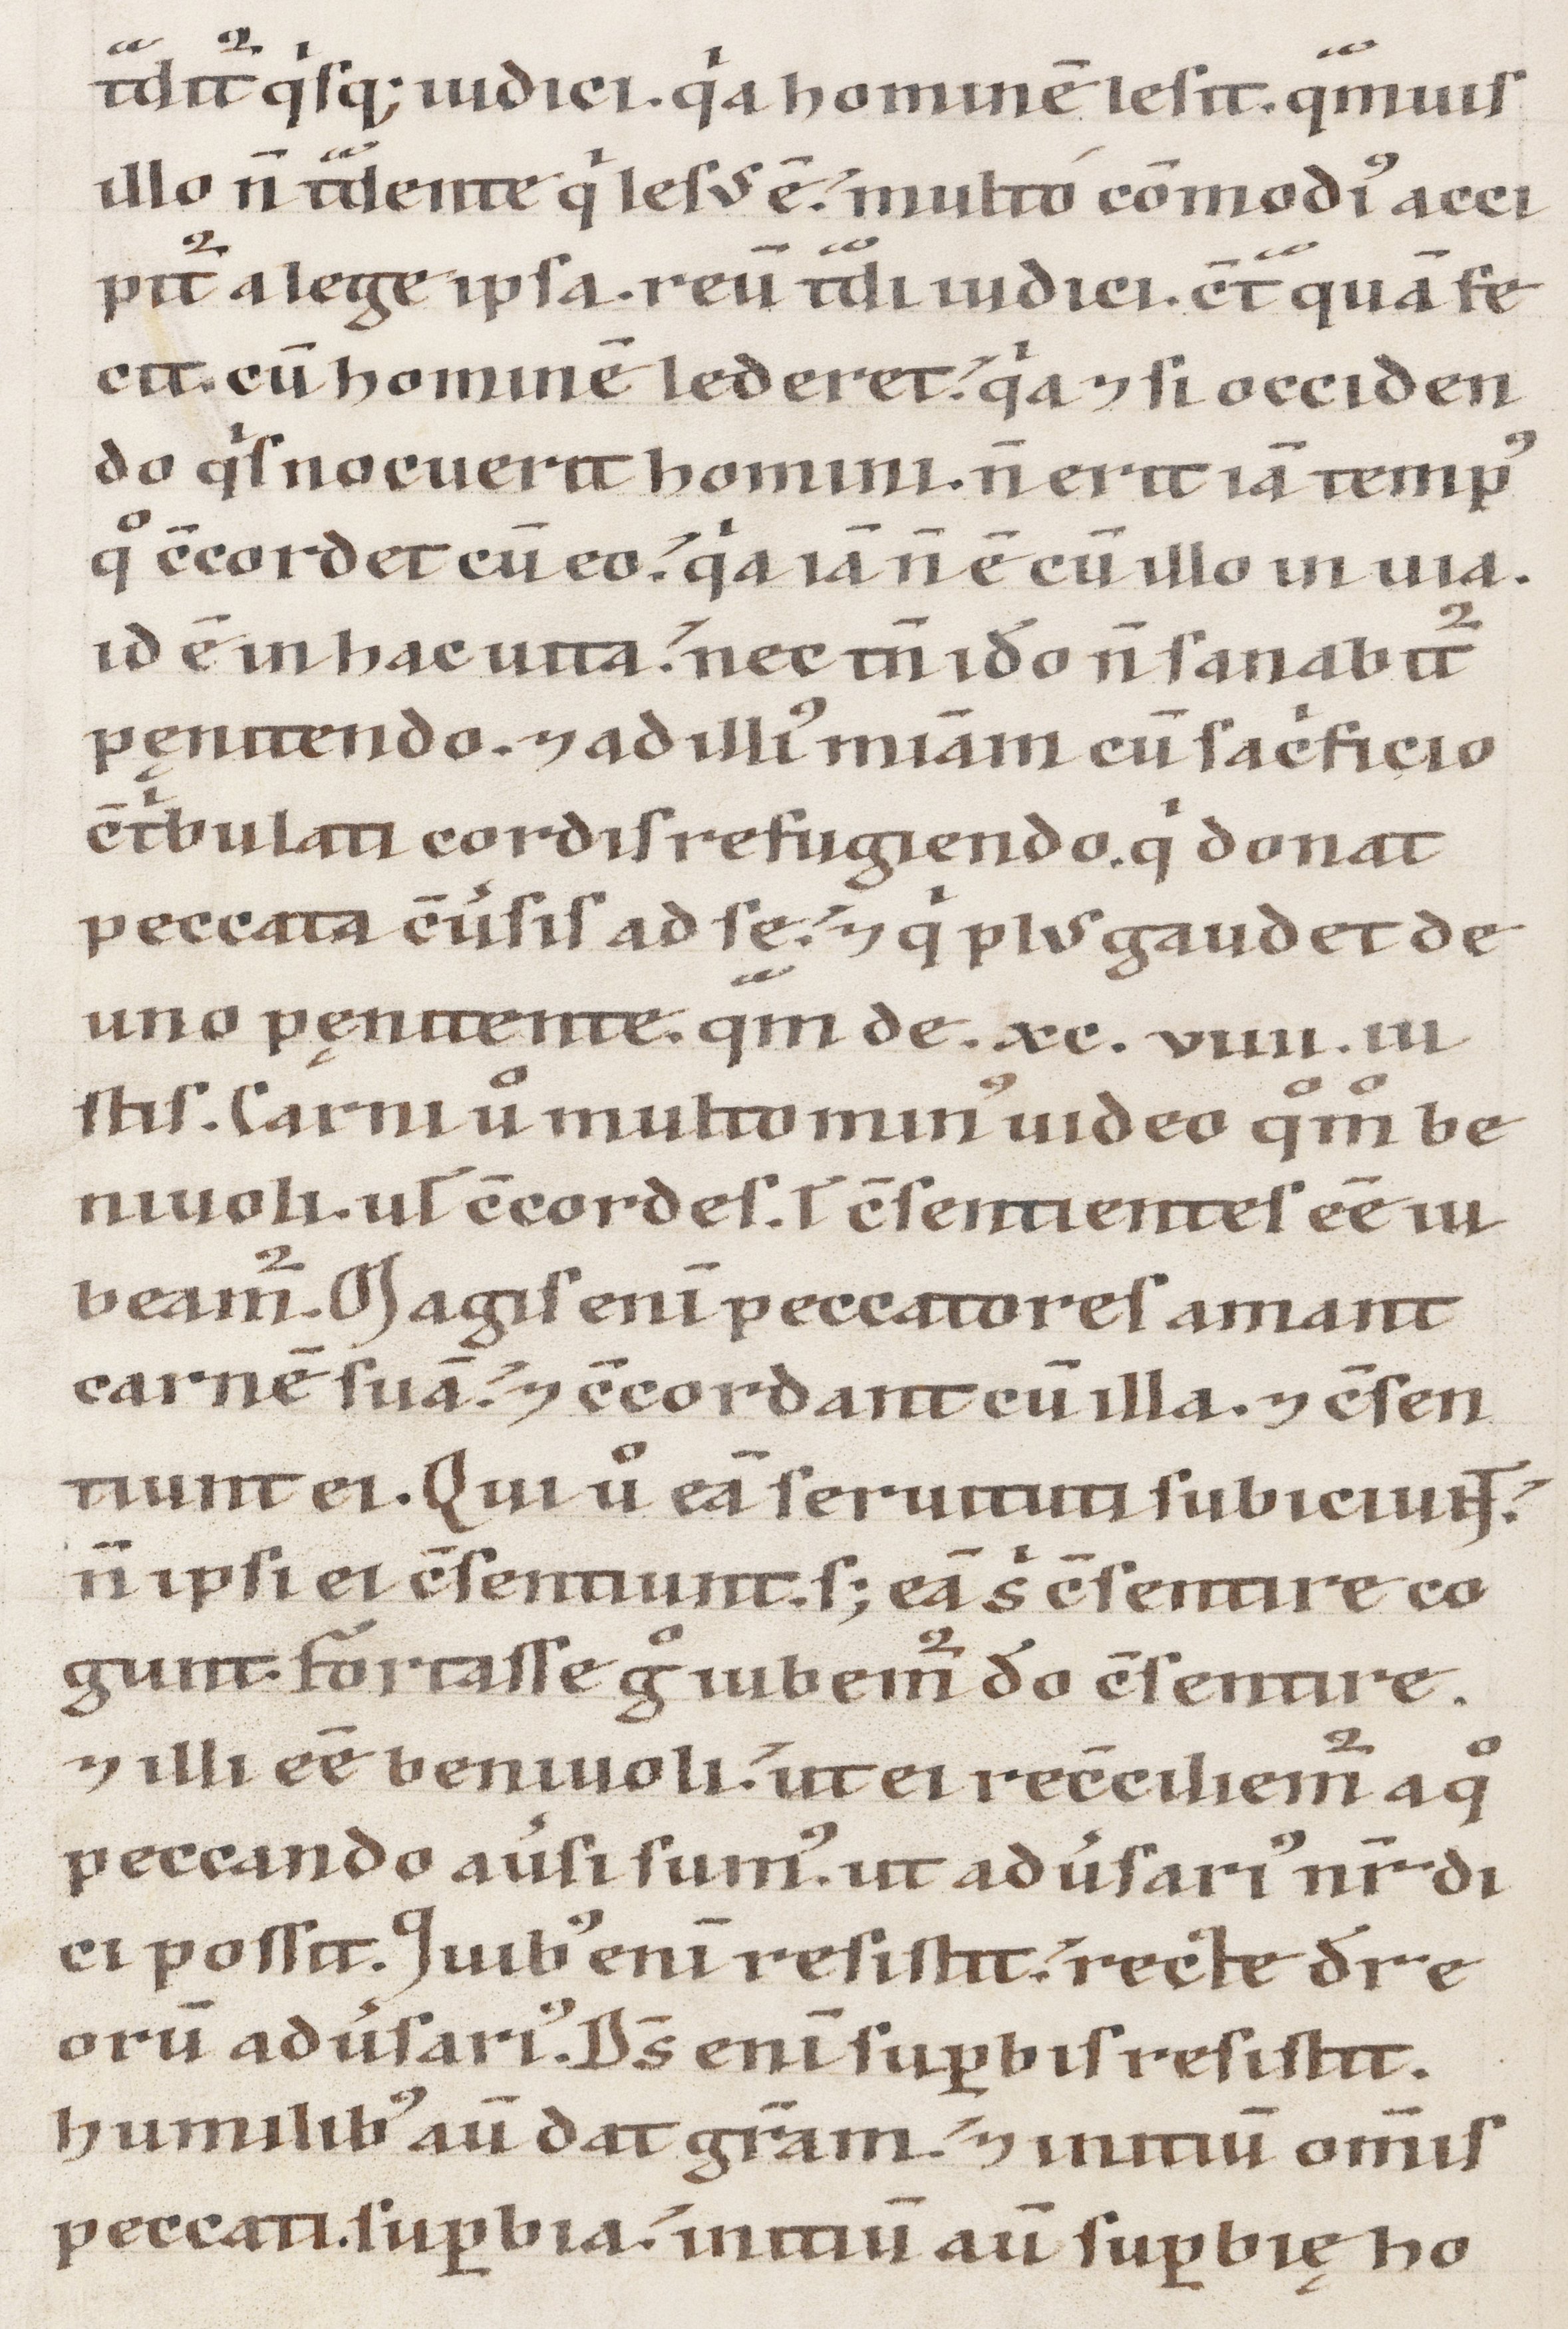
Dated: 1100–1199